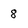
Character: 8